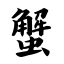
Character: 蟹